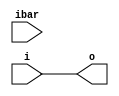
module fiftyfivenm_io_ibuf
  (output o, input i, input ibar);
   assign ibar = ibar;
   assign o    = i;
endmodule